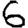
Digit: 6